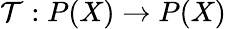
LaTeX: {\mathcal{T}}:P(X)\to P(X)